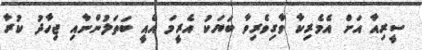
ސީރިއާ އަށް އެމެރިކާ ވާގިވެރިވާ ބަޔަކު އެރީމަ އެއީ ބަތަލުންނާއި ޖިހާދު ކުރާ